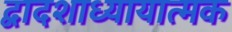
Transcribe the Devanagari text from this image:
द्वादशाध्यायात्मक